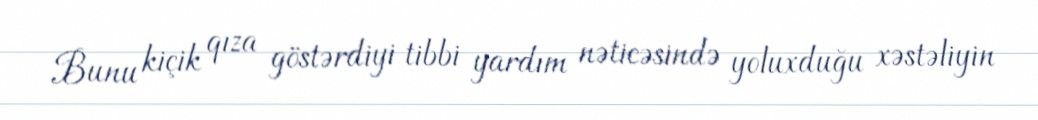
Bunu kiçik qıza göstərdiyi tibbi yardım nəticəsində yoluxduğu xəstəliyin